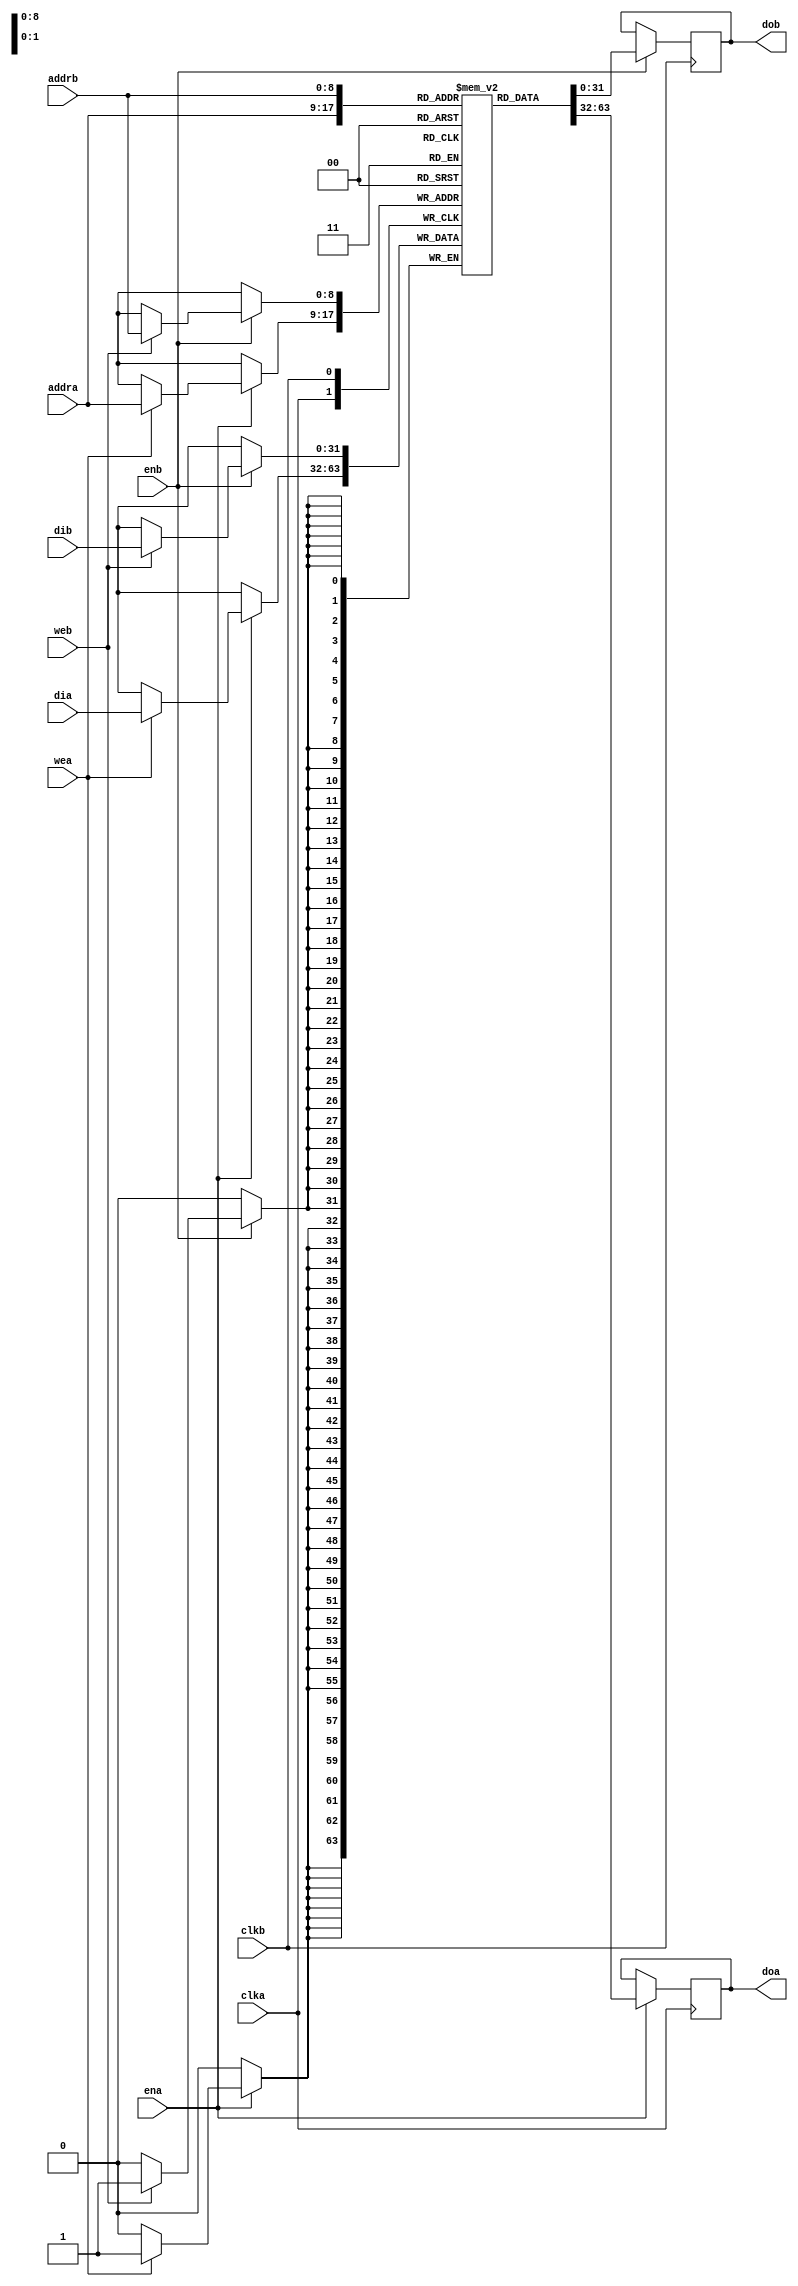
//
// Copyright 2011 Ettus Research LLC
//




module ram_2port
  #(parameter DWIDTH=32,
    parameter AWIDTH=9)
    (input clka,
     input ena,
     input wea,
     input [AWIDTH-1:0] addra,
     input [DWIDTH-1:0] dia,
     output reg [DWIDTH-1:0] doa,
     
     input clkb,
     input enb,
     input web,
     input [AWIDTH-1:0] addrb,
     input [DWIDTH-1:0] dib,
     output reg [DWIDTH-1:0] dob);
   
   reg [DWIDTH-1:0] ram [(1<<AWIDTH)-1:0];
   /*
   integer 	    i;
   initial
     for(i=0;i<(1<<AWIDTH);i=i+1)
       ram[i] <= {DWIDTH{1'b0}};
       */
   
   always @(posedge clka) begin
      if (ena)
        begin
           if (wea)
             ram[addra] <= dia;
           doa <= ram[addra];
        end
   end
   always @(posedge clkb) begin
      if (enb)
        begin
           if (web)
             ram[addrb] <= dib;
           dob <= ram[addrb];
        end
   end
endmodule // ram_2port